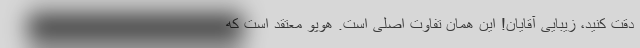
دقت کنید، زیبایی آقایان! این همان تفاوت اصلی است. هوپو معتقد است که